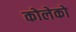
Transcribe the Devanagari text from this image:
कोलेको